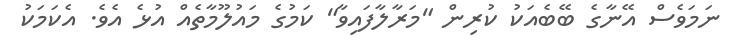
ނަމަވެސް އޭނާގެ ބޭބެއަކު ކުރިން "މަރާލާފައިވާ" ކަމުގެ މައުލޫމާތެއް އުޅެ އެވެ. އެކަމަކު